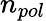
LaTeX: n_{pol}